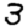
Digit: 3